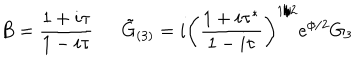
B = \frac { 1 + i \tau } { 1 - i \tau } \, \, \, \, \, \, \, \, \, \tilde { G } _ { ( 3 ) } = i \left( \frac { 1 + i \tau ^ { * } } { 1 - i \tau } \right) ^ { 1 / 2 } e ^ { \phi / 2 } G _ { 3 }